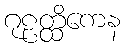
ဂုဠတ္ထိကေန